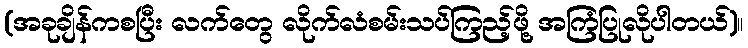
(အခုချိန်ကစပြီး လက်တွေ လိုက်လံစမ်းသပ်ကြည့်ဖို့ အကြံပြုလိုပါတယ်)။